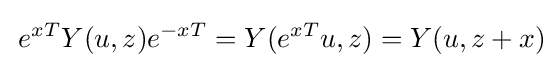
\,e^{xT}Y(u,z)e^{-xT}=Y(e^{xT}u,z)=Y(u,z+x)